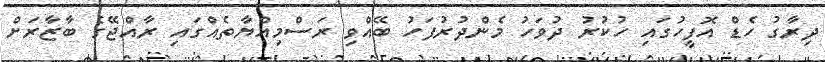
ދިރާގު ހެޑް އޮފީހުގައި ހުކުރު ދުވަހު މެންދުރުފަހު ބޭއްވި ރަސްމިއްޔާތެއްގައި ރާއްޖޭގެ ބާޒާރަށް